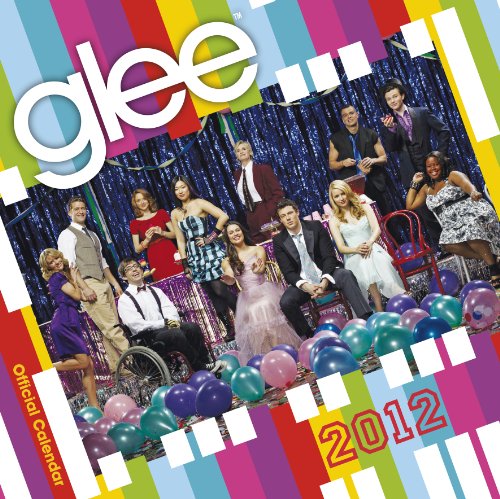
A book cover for Official Glee Calendar 2012; Calendars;